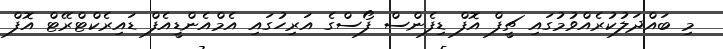
މި ބައްދަލުކުރެއްވުމުގައި ޗީފް އޮފް ޑިފެންސް ފޯސްގެ އަރިހުގައި އެމްއެންޑީއެފް ޑައިރެކްޓްރޭޓް އޮފް